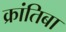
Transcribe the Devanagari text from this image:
क्रांतिबा